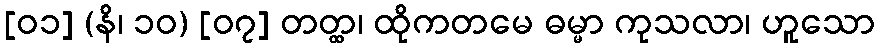
[၀၁] (နိ၊ ၁၀) [၀၇] တတ္ထ၊ ထိုကတမေ ဓမ္မာ ကုသလာ၊ ဟူသော